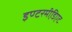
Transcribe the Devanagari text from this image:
इण्टरमी़डिएट